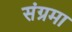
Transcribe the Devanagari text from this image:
संग्रमा